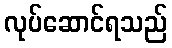
လုပ်ဆောင်ရသည်